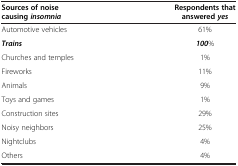
<table><thead><tr><td><b>Sources of noise causing <i>insomnia</i></b></td><td><b>Respondents that answered <i>yes</i></b></td></tr></thead><tbody><tr><td>Automotive vehicles</td><td>61%</td></tr><tr><td><b><i>Trains</i></b></td><td><b><i>100</i></b>%</td></tr><tr><td>Churches and temples</td><td>1%</td></tr><tr><td>Fireworks</td><td>11%</td></tr><tr><td>Animals</td><td>9%</td></tr><tr><td>Toys and games</td><td>1%</td></tr><tr><td>Construction sites</td><td>29%</td></tr><tr><td>Noisy neighbors</td><td>25%</td></tr><tr><td>Nightclubs</td><td>4%</td></tr><tr><td>Others</td><td>4%</td></tr></tbody></table>